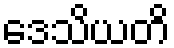
ဒေသိယတိ